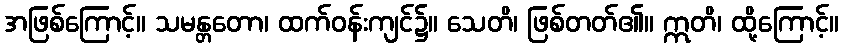
အဖြစ်ကြောင့်။ သမန္တတော၊ ထက်ဝန်းကျင်၌။ သေတိ၊ ဖြစ်တတ်၏။ ဣတိ၊ ထို့ကြောင့်။